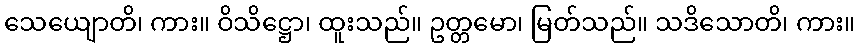
သေယျောတိ၊ ကား။ ဝိသိဋ္ဌော၊ ထူးသည်။ ဥတ္တမော၊ မြတ်သည်။ သဒိသောတိ၊ ကား။